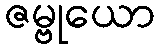
ဇမ္ဗုယော